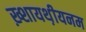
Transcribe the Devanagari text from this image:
ख़्शायथ़ीयनम